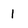
Character: 1